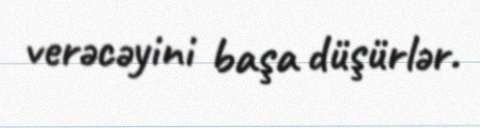
verəcəyini başa düşürlər.